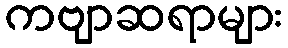
ကဗျာဆရာများ